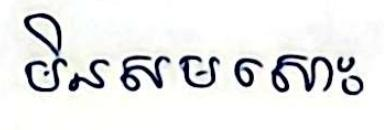
មិនសមសោះ